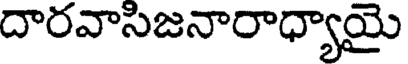
దారవాసిజనారాధ్యాయై